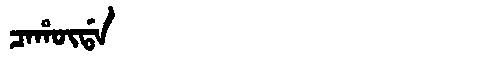
Manchu: ᠴᠠᡥᡡᡩᠠ
Romanization: CAHŪDA